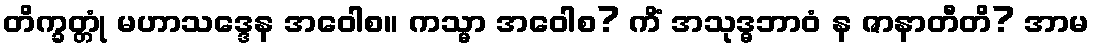
တိက္ခတ္တုံ မဟာသဒ္ဒေန အဝေါစ။ ကသ္မာ အဝေါစ? ကိံ အသုဒ္ဓဘာဝံ န ဇာနာတီတိ? အာမ